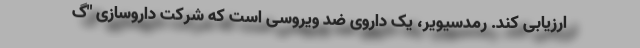
ارزیابی کند. رمدسیویر، یک داروی ضد ویروسی است که شرکت داروسازی "گ